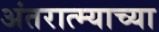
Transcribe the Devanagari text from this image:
अंतरात्म्याच्या